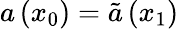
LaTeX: a\left(x_{0}\right)=\tilde{a}\left(x_{1}\right)